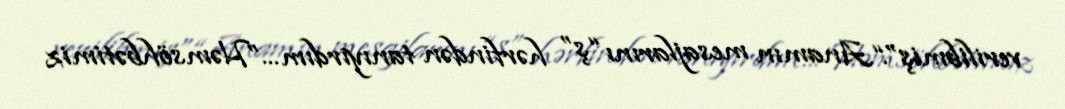
verilibmiş”.“Anamın mesajlarını “ş” hərfindən tanıyırdım...”Həmsöhbətimiz